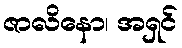
ဇာလိနော၊ အရှင်